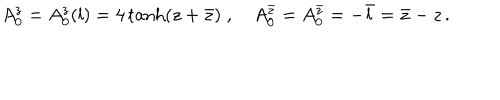
LaTeX: A _ { 0 } ^ { z } = A _ { 0 } ^ { z } ( l ) = 4 \tanh ( z + \bar { z } ) \; , \quad A _ { 0 } ^ { \bar { z } } = A _ { 0 } ^ { \bar { z } } = - \bar { l } = \bar { z } - z \, .